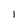
Character: l